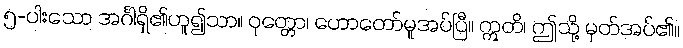
၅-ပါးသော အင်္ဂါရှိ၏ဟူ၍သာ။ ဝုတ္တော၊ ဟောတော်မူအပ်ပြီ။ ဣတိ၊ ဤသို့ မှတ်အပ်၏။